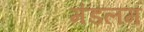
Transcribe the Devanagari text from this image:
मंडलम